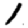
Digit: 1